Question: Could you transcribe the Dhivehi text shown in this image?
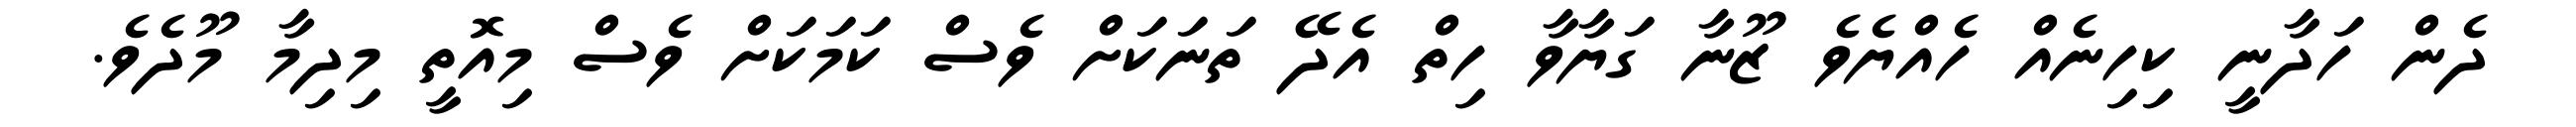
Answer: ދެން ހަދާނީ ކިހިނެއް ހެއްޔެވެ ޒޫނާ ގަޔާވާ ހިތް އެދޭ ތަނަކަށް ވެސް ކަމަކަށް ވެސް މިއޮތީ މިދިމާ މޫދެވެ.